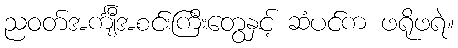
ညဝတ်အင်္ကျီအစင်းကြီးတွေနှင့် ဆံပင်က ဖရိုဖရဲ။